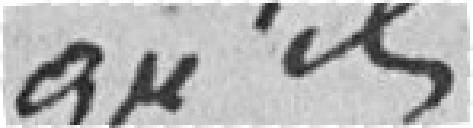
qu'ils